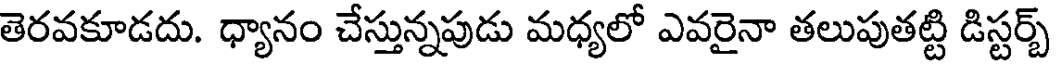
తెరవకూడదు. ధ్యానం చేస్తున్నపుడు మధ్యలో ఎవరైనా తలుపుతట్టి డిస్టర్బ్